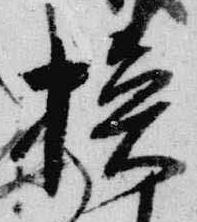
換